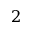
\mathsfit { 2 }